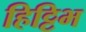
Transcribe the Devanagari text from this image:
हिट्टिभ